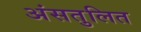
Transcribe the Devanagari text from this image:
अंसतुलित